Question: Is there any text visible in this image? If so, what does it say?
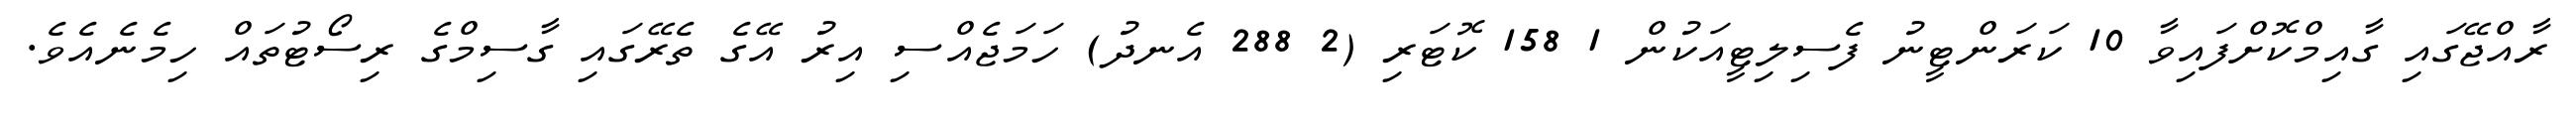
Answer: ރާއްޖޭގައި ގާއިމްކޮށްފައިވާ 10 ކަރަންޓީނު ފެސިލިޓީއަކުން 1 158 ކޮޓަރި (2 288 އެނދު) ހަމަޖެއްސި އިރު އޭގެ ތެރޭގައި ގާސިމްގެ ރިސޯޓުތައް ހިމެނެއެވެ.